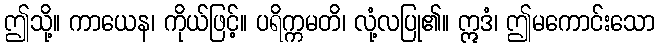
ဤသို့။ ကာယေန၊ ကိုယ်ဖြင့်။ ပရိက္ကမတိ၊ လုံ့လပြု၏။ ဣဒံ၊ ဤမကောင်းသော